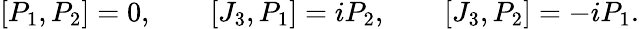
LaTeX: [P_{1},P_{2}]=0,\qquad[J_{3},P_{1}]=iP_{2},\qquad[J_{3},P_{2}]=-iP_{1}.